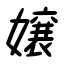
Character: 嬢